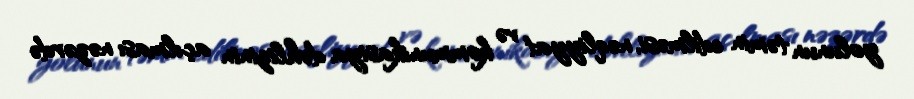
yolunun təmin edilməsi, nəqliyyat və kommunikasiya dəhlizinin açılması nəzərdə